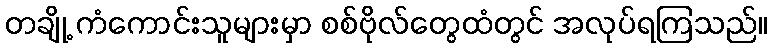
တချို့ ကံကောင်းသူများမှာ စစ်ဗိုလ်တွေထံတွင် အလုပ်ရကြသည်။